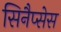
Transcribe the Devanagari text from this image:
सिनैप्सेस